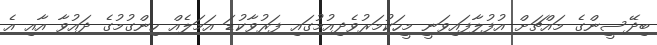
ބިދޭސީންގެ މައްޗަށް އުފުލާފައިވަނީ މީހަކުމަރުވެދިއުމުގައި ފަރުވާކުޑަ އަމަލެއް ހިންގުމުގެ ދައުވާ އާއި އެ